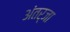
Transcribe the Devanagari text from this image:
अंतर्जा